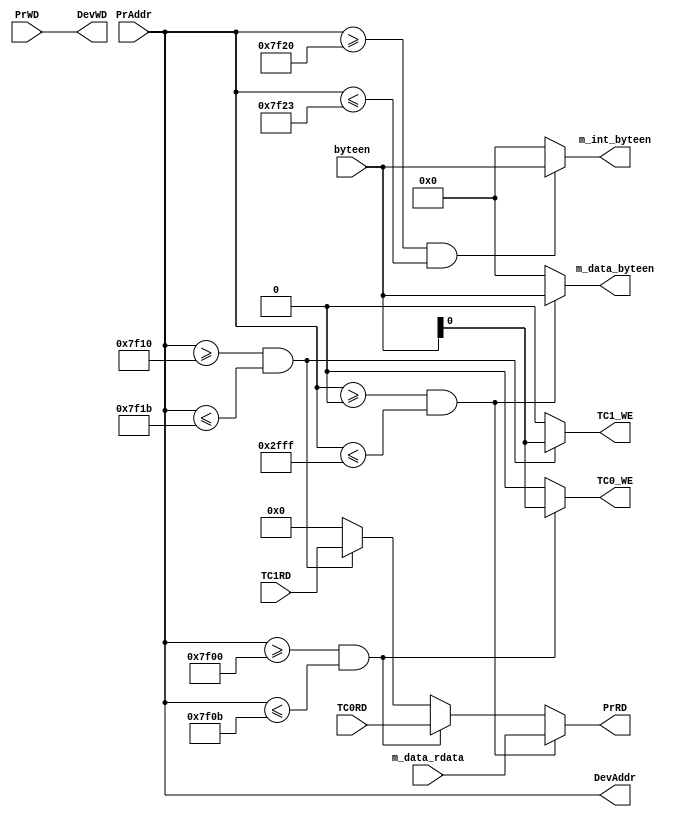
`timescale 1ns / 1ps
//////////////////////////////////////////////////////////////////////////////////
// Company: 
// Engineer: 
// 
// Design Name: 
// Module Name:    Bridge 
// Project Name: 
// Target Devices: 
// Tool versions: 
// Description: 
//
// Dependencies: 
//
// Revision: 
// Revision 0.01 - File Created
// Additional Comments: 
//
//////////////////////////////////////////////////////////////////////////////////
module Bridge(
    //// CPU ///
    input [31:0] PrAddr,  // 
    input [31:0] PrWD,    // 
    input [3:0] byteen,   // 
	 output [31:0] PrRD,   // 
	 
	 //// IO ////
	 output [31:0] DevAddr,  // 
	 output [31:0] DevWD,    // 
	 
	 ///// IG /////////
	 output [3:0] m_int_byteen,   // 
	 
	 ///// DM /////
	 output [3:0] m_data_byteen,  // 
	 input [31:0] m_data_rdata,   // 
	 
	 ///// TC0 ////////
	 output TC0_WE,          // TC0 
	 input [31:0] TC0RD,     // TC0 
	 
	 ///// TC1 /////
	 output TC1_WE,          // TC1 
	 input [31:0] TC1RD             // TC1 
    );
	 
	 wire inDM, inTC0, inTC1, inIG;
	 assign inDM = (PrAddr >= 32'h0 && PrAddr <= 32'h2fff);
	 assign inTC0 = (PrAddr >= 32'h7f00 && PrAddr <= 32'h7f0b);
	 assign inTC1 = (PrAddr >= 32'h7f10 && PrAddr <= 32'h7f1b);
	 assign inIG = (PrAddr >= 32'h7f20 && PrAddr <= 32'h7f23);
	 
	 assign DevAddr = PrAddr;
	 assign DevWD = PrWD;
	 
	 /////// CPU ///////////
	 assign PrRD = (inDM) ? m_data_rdata :
	               (inTC0) ? TC0RD :
						(inTC1) ? TC1RD : 
						          32'd0;
	 
	 
	 /////// IO ////////////////
	 assign m_data_byteen = (inDM) ? byteen : 4'b0000;
	 assign m_int_byteen = (inIG) ? byteen : 4'b0000;
	 assign TC0_WE = (inTC0) ? byteen : 4'b0000;
	 assign TC1_WE = (inTC1) ? byteen : 4'b0000;

endmodule